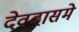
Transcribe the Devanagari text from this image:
देवदासमे